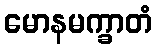
မောနမက္ခာတံ